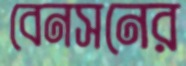
বেনসনের